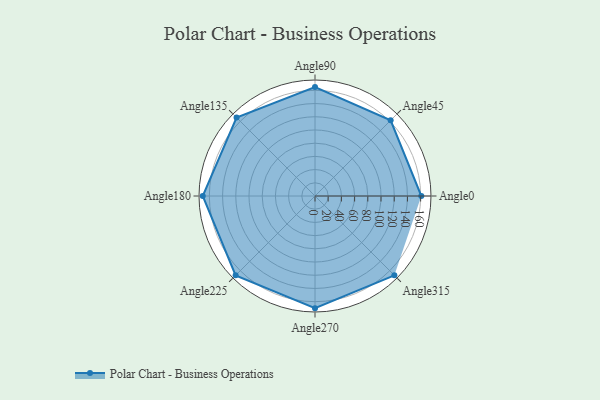
{"axis": {"x": "Angle", "y": "Radius"}, "legend": [""], "data": [{"x": "Angle0", "y": 161.0, "type": ""}, {"x": "Angle45", "y": 162.0, "type": ""}, {"x": "Angle90", "y": 165.0, "type": ""}, {"x": "Angle135", "y": 168.0, "type": ""}, {"x": "Angle180", "y": 170, "type": ""}, {"x": "Angle225", "y": 170, "type": ""}, {"x": "Angle270", "y": 170, "type": ""}, {"x": "Angle315", "y": 170, "type": ""}]}